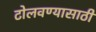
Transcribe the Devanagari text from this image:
टोलवण्यासाठी